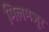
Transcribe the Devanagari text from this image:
मिलमजूर